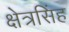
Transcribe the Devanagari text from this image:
क्षेत्रसिंह